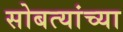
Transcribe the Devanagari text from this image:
सोबत्यांच्या